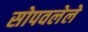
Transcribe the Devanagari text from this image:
सोपवलेले